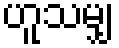
ဟူသမျှ